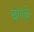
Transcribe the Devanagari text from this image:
खंगाळे